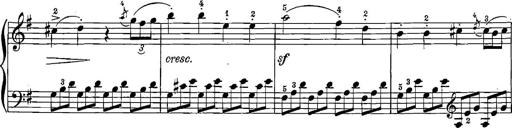
Title: 12 Sonatinas
Composer: Ignaz Pleyel